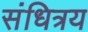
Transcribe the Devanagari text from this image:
संधित्रय